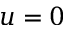
u = 0